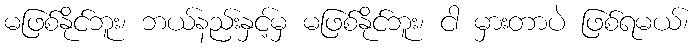
မဖြစ်နိုင်ဘူး၊ ဘယ်နည်းနှင့်မှ မဖြစ်နိုင်ဘူး၊ ငါ မှားတာပဲ ဖြစ်ရမယ်၊